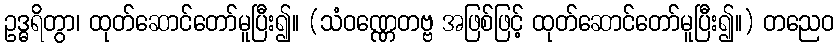
ဥဒ္ဓရိတွာ၊ ထုတ်ဆောင်တော်မူပြီး၍။ (သံဝဏ္ဏေတဗ္ဗ အဖြစ်ဖြင့် ထုတ်ဆောင်တော်မူပြီး၍။) တညေဝ